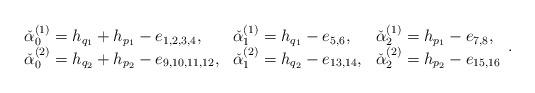
LaTeX: \begin{align*}\begin{array}{lll}\check{\alpha}_0^{(1)}=h_{q_1}+h_{p_1}-e_{1,2,3,4}, &\check{\alpha}_1^{(1)}=h_{q_1}-e_{5,6},&\check{\alpha}_2^{(1)}=h_{p_1}-e_{7,8},\\\check{\alpha}_0^{(2)}=h_{q_2}+h_{p_2}-e_{9,10,11,12},&\check{\alpha}_1^{(2)}=h_{q_2}-e_{13,14},&\check{\alpha}_2^{(2)}=h_{p_2}-e_{15,16}\end{array}.\end{align*}